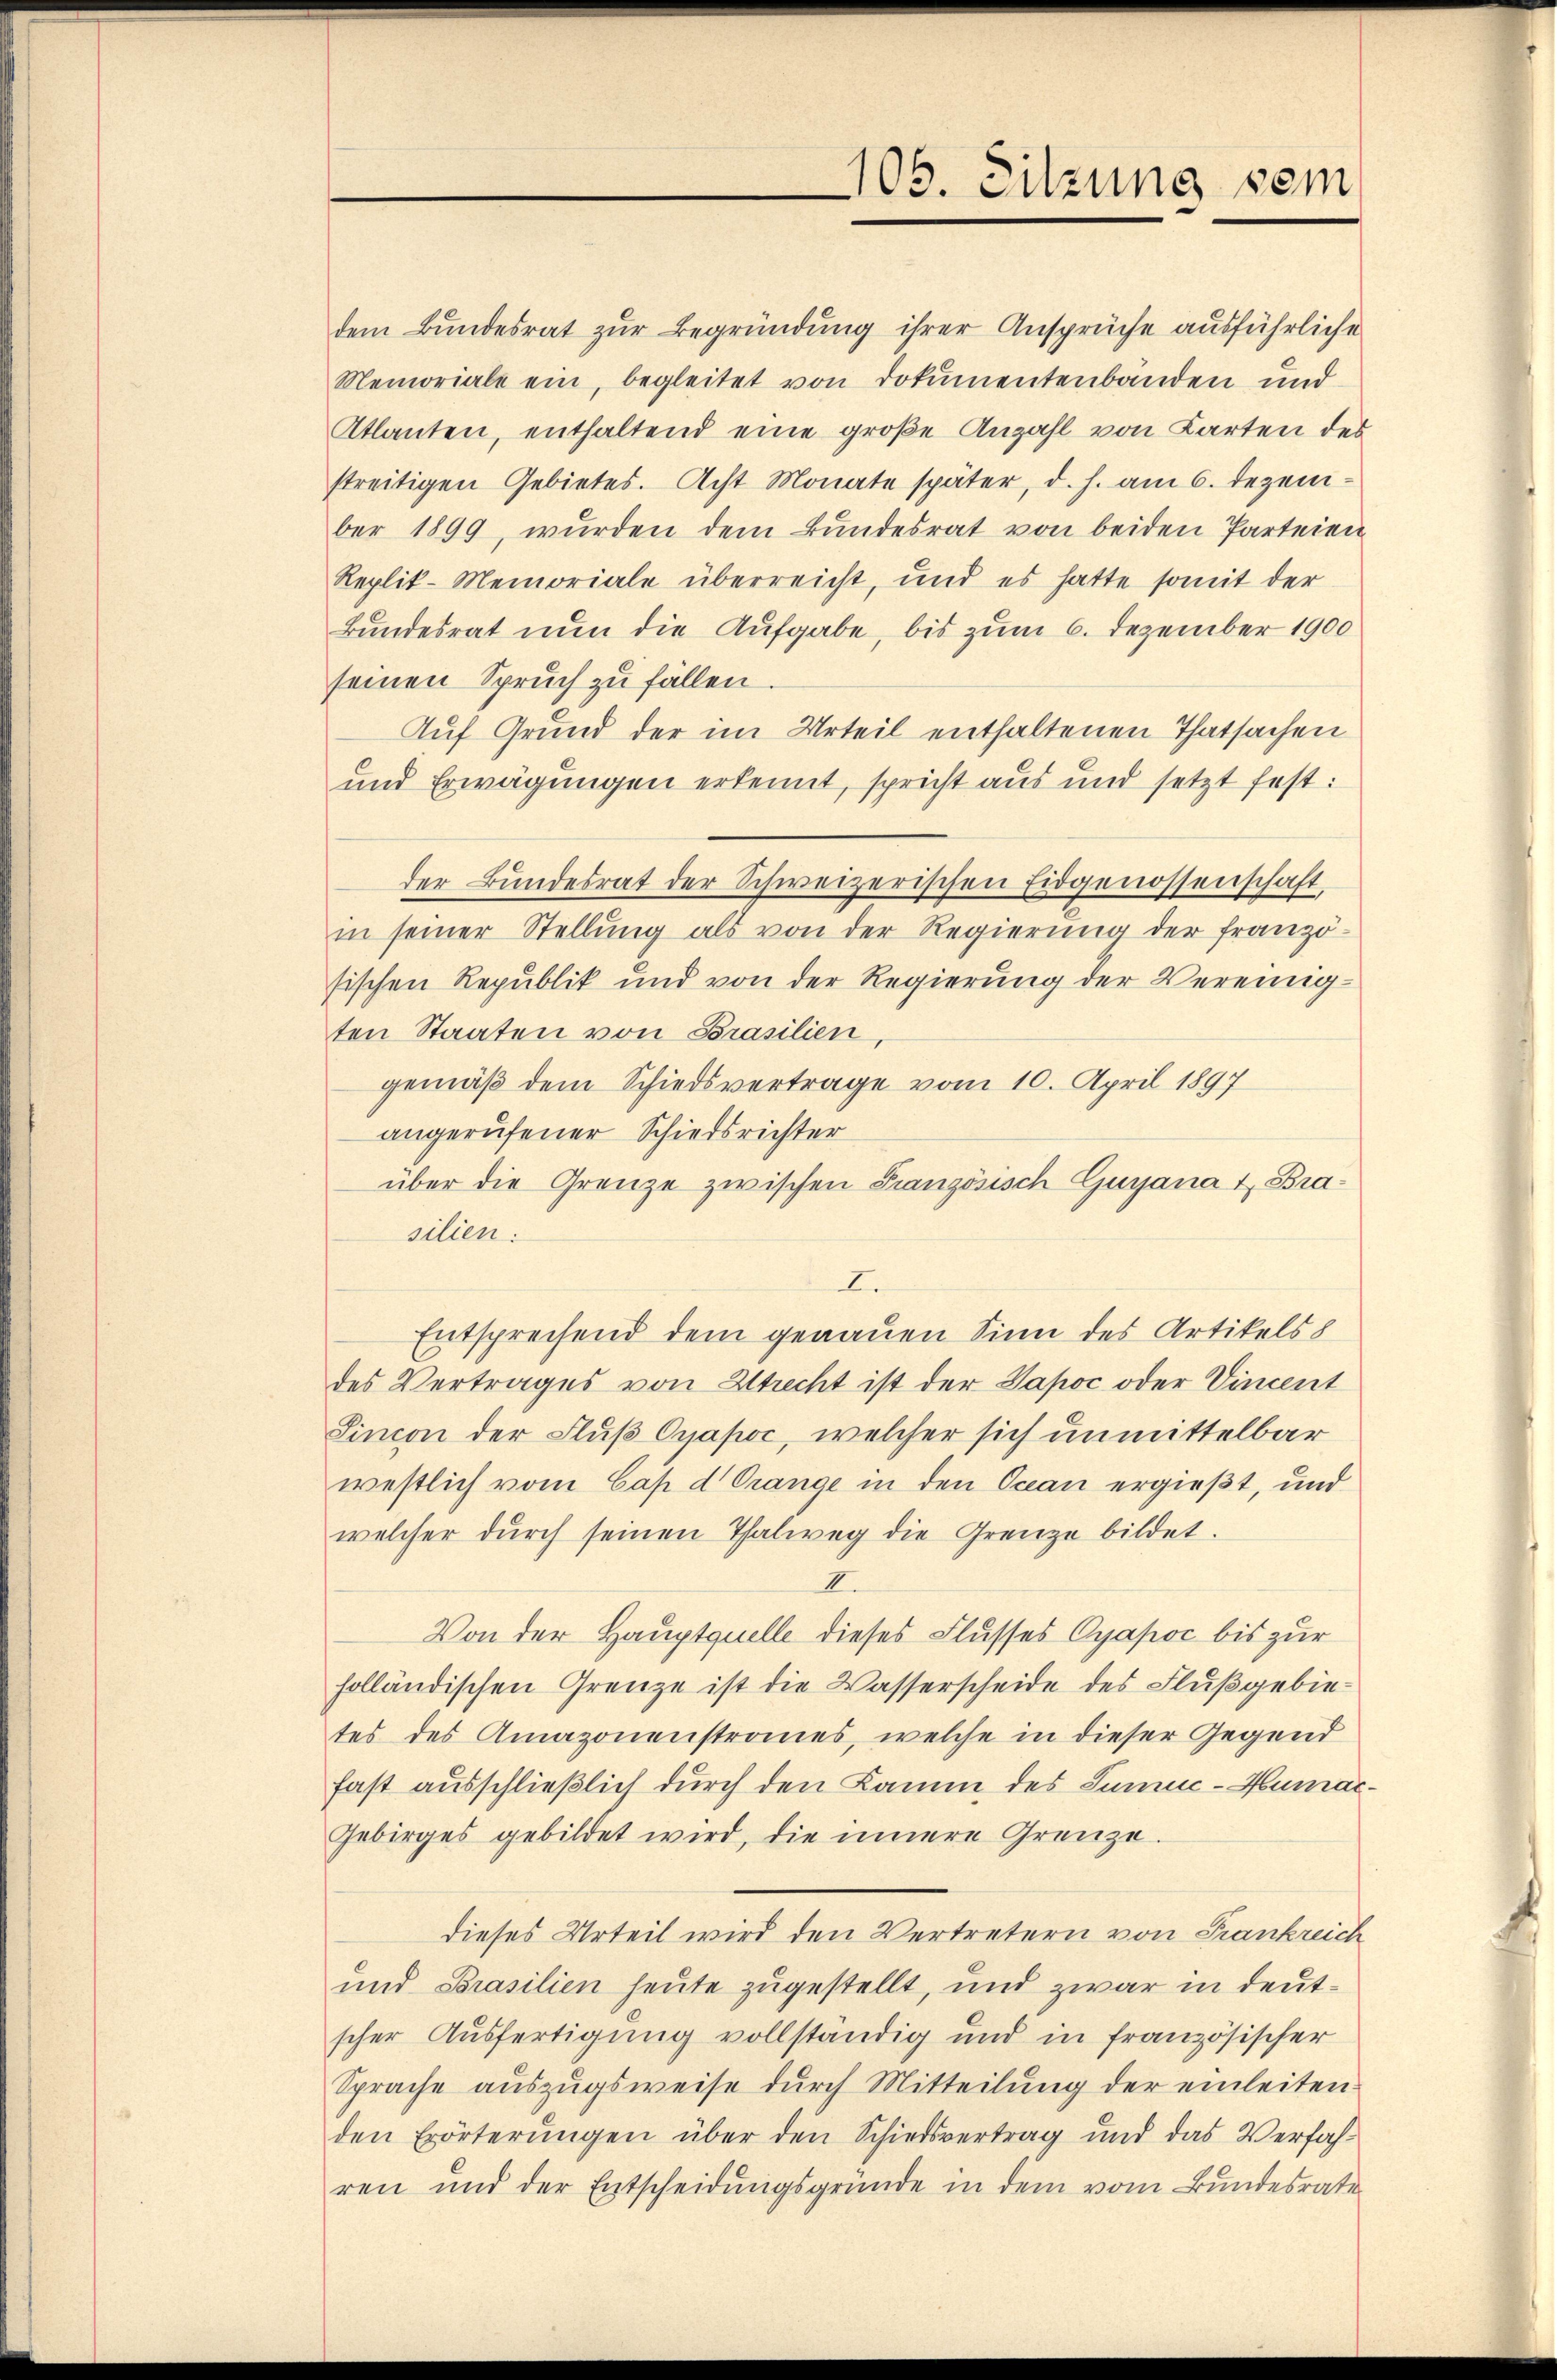
dem Bundesrat zur Begründung ihrer Ansprüche ausführliche
Memoriale ein, begleitet von Dokumentenbanden und
Atlanten, enthaltend eine große Anzahl von Karten des
streitigen Gebietes. Acht Monate später, d. h. am 6. Dezember 1899, wŭrden dem Bŭndesrat von beiden Parteien
Replik-Memoriale überreicht, und es hatte somit der
Bundesrat nun die Aufgabe, bis zum 6. Dezember 1900
seinen Spruch zu fällen
Auf Grund der im Urteil enthaltenen Thatsachen
und Erwägungen erkennt, spricht aus und setzt fest:
der Bŭndesrat der Schweizerischen Eidgenossenschaft,
in seiner Stellung als von der Regierŭng der franzö-
sischen Republik und von der Regierung der Vereinigten Staaten von Brasilien,
gemäß dem Schiedsvertrage vom 10. April 1897
angerufener Schiedsrichter
über die Grenze zwischen Französisch Gunjana u. Brasilien:
I.
Entsprechend dem genauen Sinn des Artikels
des Vertrages von Strecht ist der Sapoc oder Vincent
Sincon der Fluß-Cyapoc, welcher sich unmittelbar
westlich vom Cap d Grange in den Ocean ergießt, und
welcher dŭrch seinen Thalweg die Grenze bildet.
II
Von der Hauptquelle dieses Flusses Cyapoc bis zur
holländischen Grenze ist die Wasserscheide des Flußgebietes des Amazonenstraues, welche in dieser Gegend
fast ausschließlich durch den Kamm des Juniic-Humac¬
Gebirges gebildet wird, die innere Grenze.
dieses Urteil wird den Vertretern von Frankreich
und Brasilien heute zugestellt, und zwar in deutscher Ausfertigung vollständig und in französischer
Sprache aŭszŭgsweise dŭrch Mitteilŭng der einleiten
den Erörterungen über den Schiedsvertrag und das Verfahren und der Entscheidungsgründe in dem vom Bundesrate

105. Sitzung dem